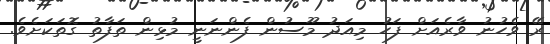
ރޭ ވެހުނު ވާރެއަށް ފަހު މިއަދު މޫސުން ފެންނަނީ މުޅިން ތަފާތު ގޮތަކަށެވެ.